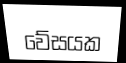
වේසයක